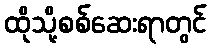
ထိုသို့စစ်ဆေးရာတွင်